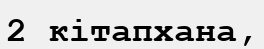
2 кітапхана,